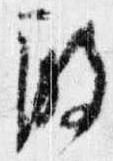
殿